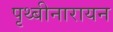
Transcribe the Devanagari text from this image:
पृथ्बीनारायन